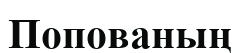
Попованың